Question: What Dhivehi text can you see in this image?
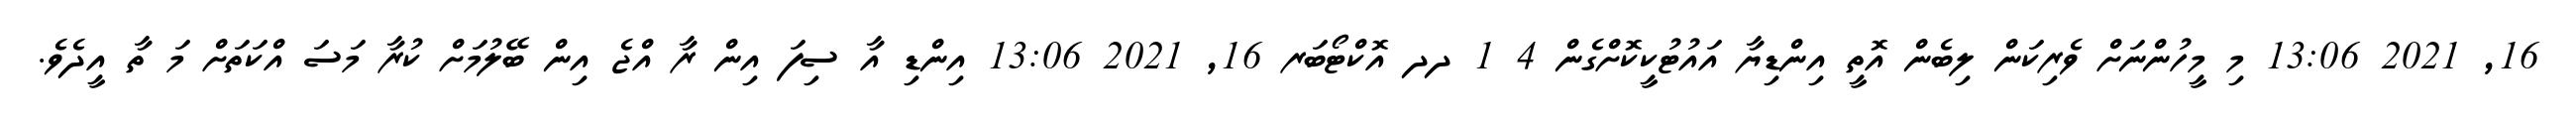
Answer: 16, 2021 13:06 މި މީހުންނަށް ވެރިކަން ލިބެން އޮތީ އިންޑިޔާ އައުޓުކީކޮށްގެން 4 1 ދދ އޮކްޓޯބަރ 16, 2021 13:06 އިންޑި އާ ސިފަ އިން ރާ އްޖެ އިން ބޭލުމަށް ކުރާ މަސަ އްކަތަށް މަ ތާ އީދެވެ.